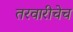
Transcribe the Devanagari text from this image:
तरवारीचेच